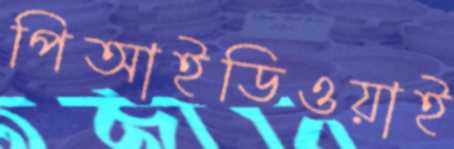
পিআইডিওয়াই